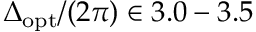
\Delta _ { \mathrm { o p t } } / ( 2 \pi ) \in 3 . 0 - 3 . 5